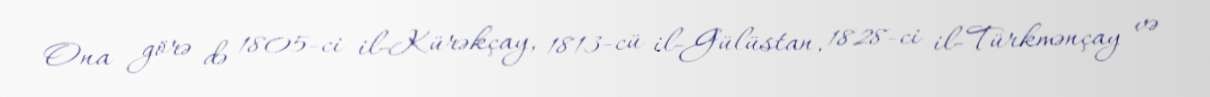
Ona görə də 1805-ci il-Kürəkçay, 1813-cü il-Gülüstan, 1828-ci il-Türkmənçay və